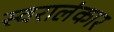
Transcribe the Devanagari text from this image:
स्वरालंकार